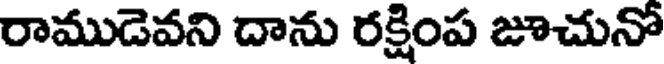
రాముడెవని దాను రక్షింప జూచునో